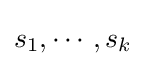
s_{1},\cdots ,s_{k}